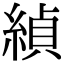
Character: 緽